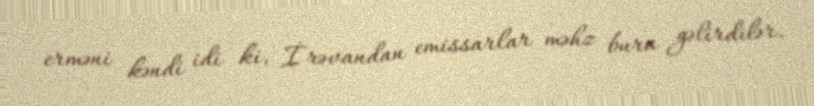
erməni kəndi idi ki, İrəvandan emissarlar məhz bura gəlirdilər.